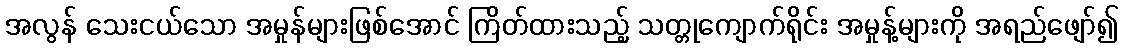
အလွန် သေးငယ်သော အမှုန်များဖြစ်အောင် ကြိတ်ထားသည့် သတ္တုကျောက်ရိုင်း အမှုန့်များကို အရည်ဖျော်၍